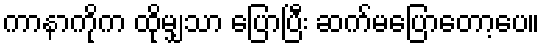
ကာနာကိုက ထိုမျှသာ ပြောပြီး ဆက်မပြောတော့ပေ။